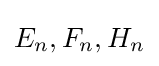
E_{n},F_{n},H_{n}